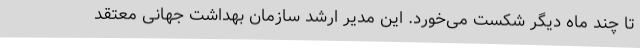
تا چند ماه دیگر شکست می‌خورد. این مدیر ارشد سازمان بهداشت جهانی معتقد